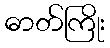
ဓာတ်ကြိုး